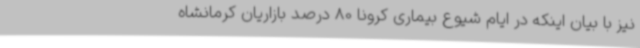
نیز با بیان اینکه در ایام شیوع بیماری کرونا 80 درصد بازاریان کرمانشاه